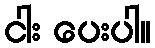
ငါး ပေးပါ။